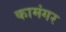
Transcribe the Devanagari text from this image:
कामंगर